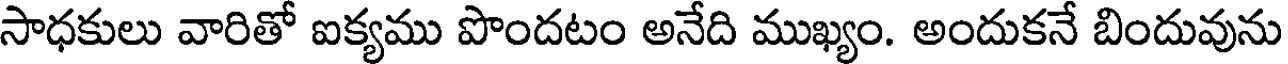
సాధకులు వారితో ఐక్యము పొందటం అనేది ముఖ్యం. అందుకనే బిందువును